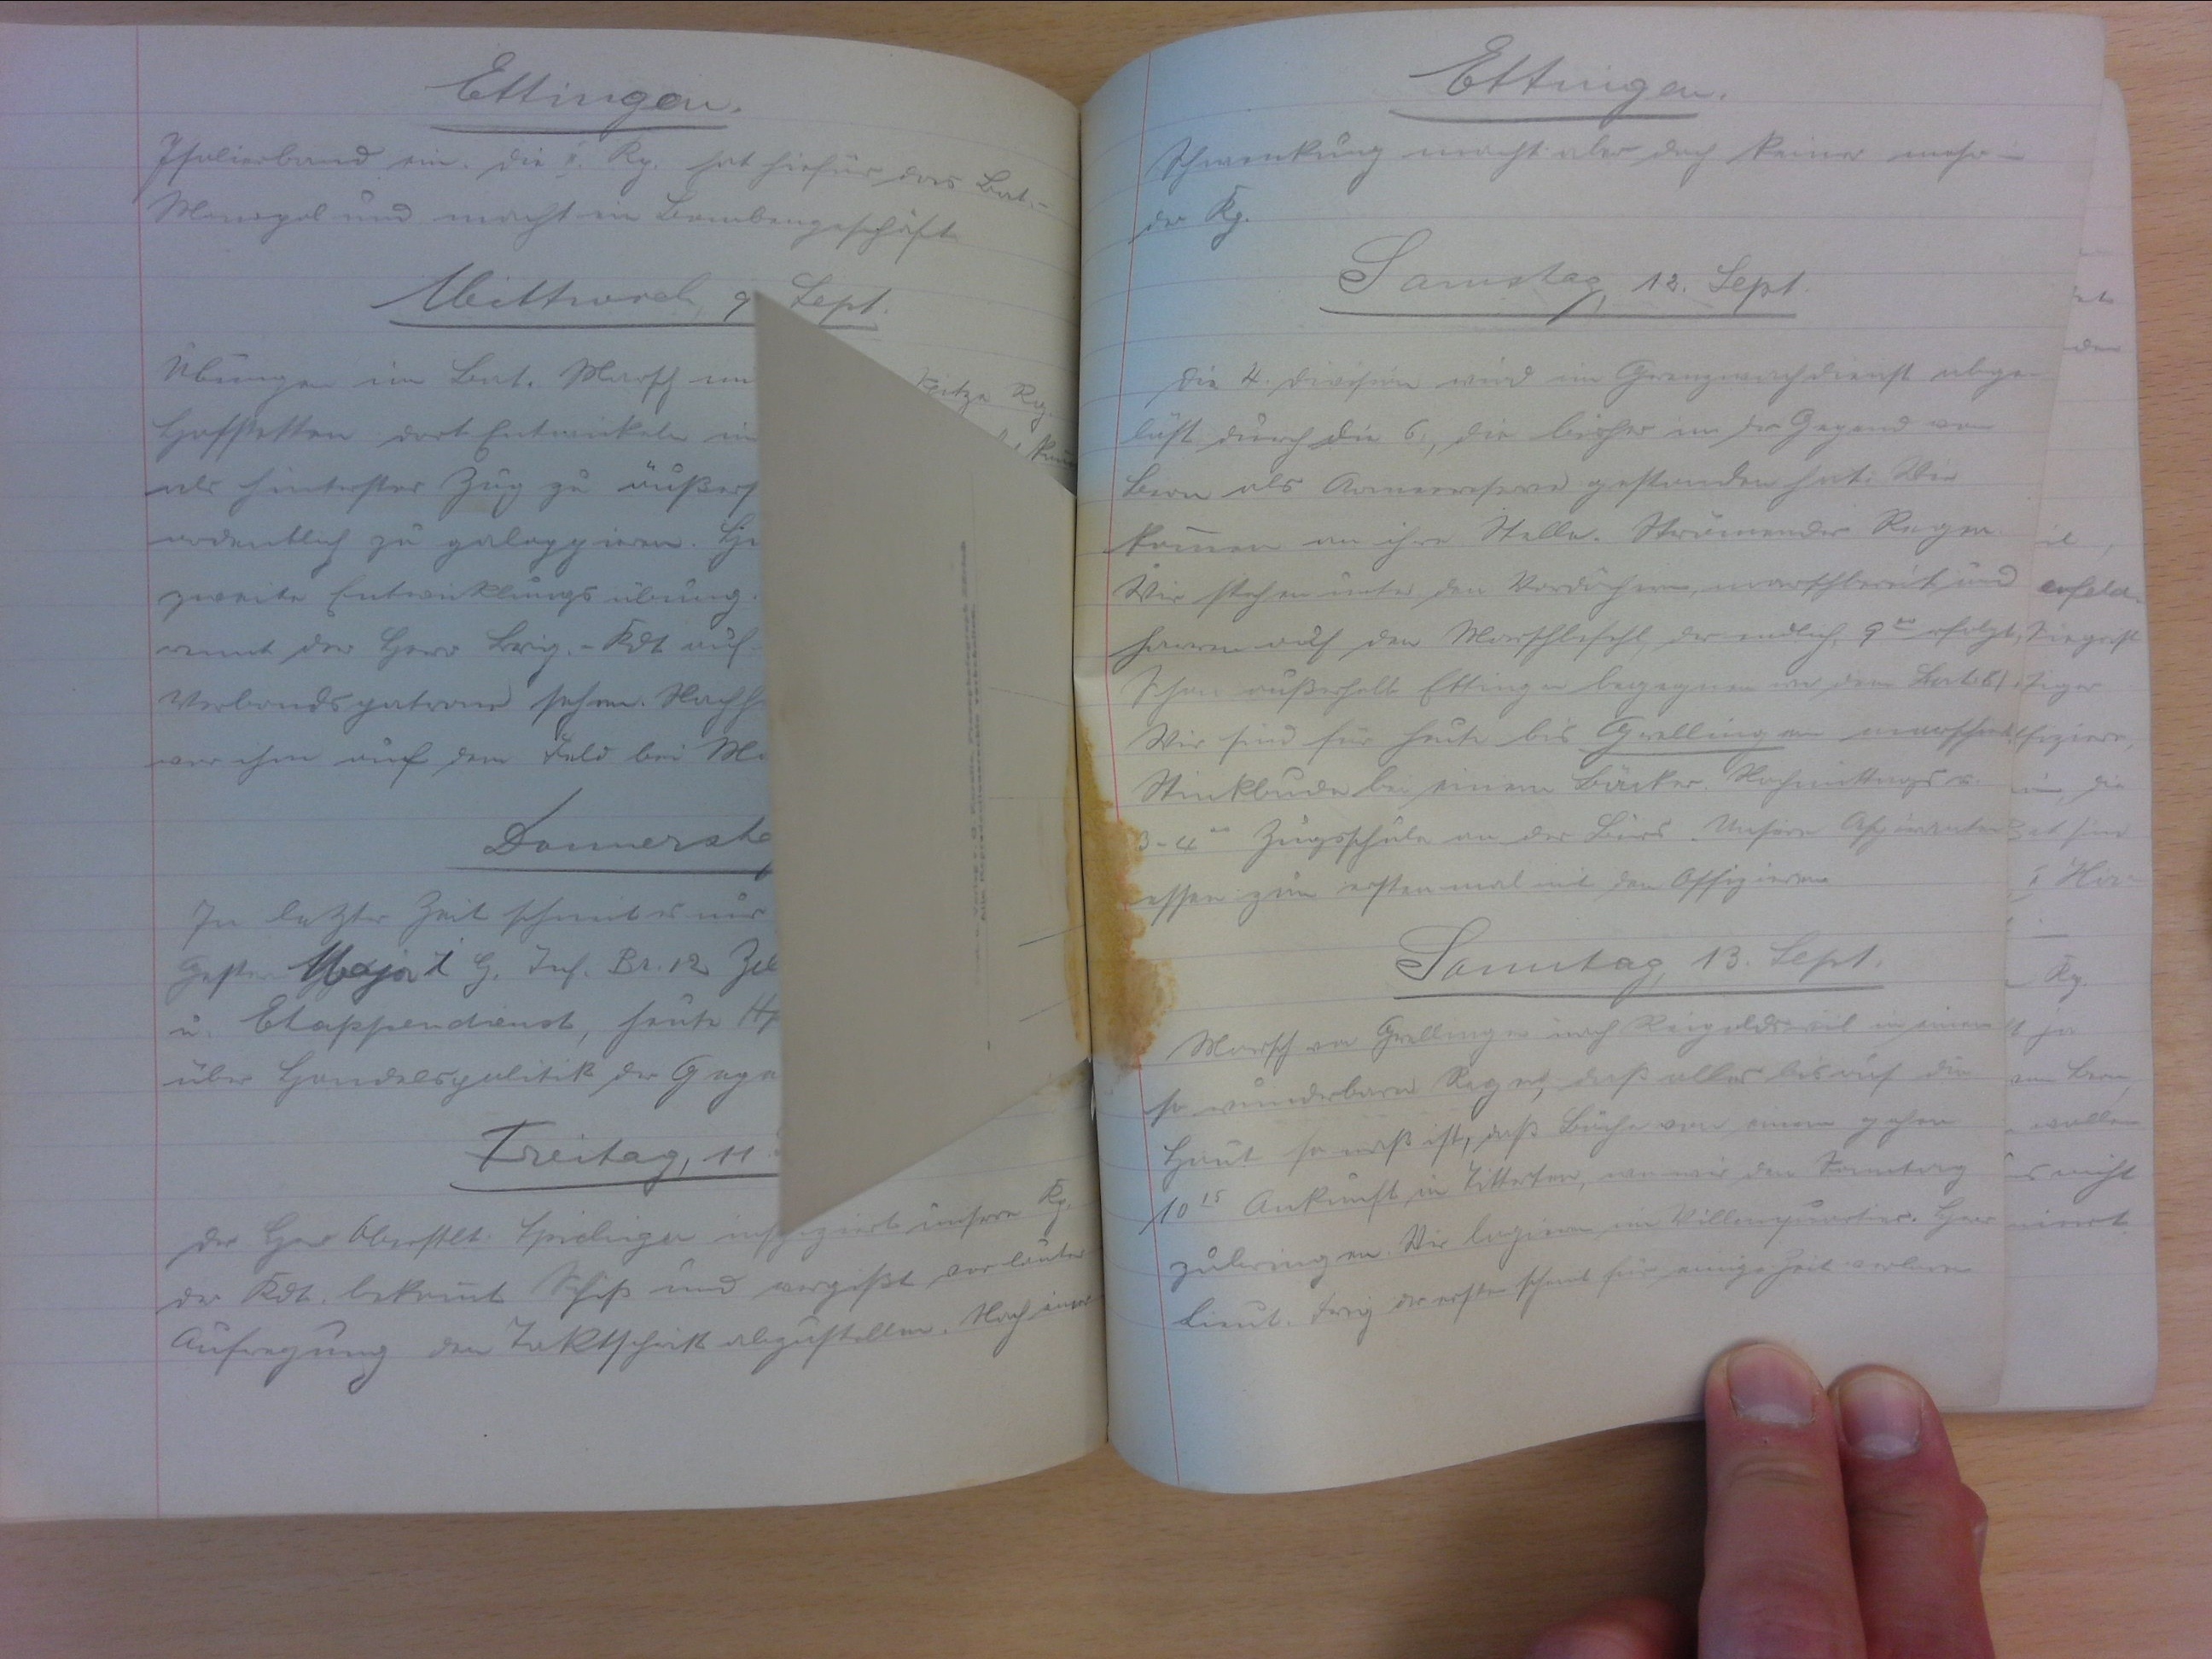
Ettingen
Schwenkung macht aber doch keiner mehr in
der Kp.
Samstag, 12. Sept.
Die 4. Division wird im Grenzwachdienst abge-
löst durch die 6., die bisher in der Gegend von
Bern als Armeereserve gestanden hat. Wir
kommen an ihre Stelle. Strömender Regen.
Wir stehen unter den Vordächern, marschbereit und
harren auf den Marschbefehl, der endlich, 900 erfolgt.
Schon ausserhalb Ettingen begegnen wir dem Bat. 81.
Wir sind für heute bis Grellingen marschiert.
Stinkbude bei einem Bäcker. Nachmittags v.
3-400 Zugsschule an der Birs. Unsere Aspiranten
essen zum erstenmal mit den Offizieren.
Samstag, 13. Sept.
Marsch von Grellingen nach Reigoldswil in einem
so wunderbaren Regen, dass alles bis auf die
Haut so nass ist, dass Bäche von einem gehen.
1015 Ankunft in Titterten, wo wir den Vormittag
zubringen. Wir logieren im Villenquartier. Herr
Lieut. Frey der erste Schneid für einige Zeit verloren